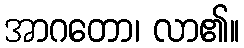
အာဂတော၊ လာ၏။